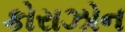
કોરાઝોન